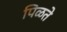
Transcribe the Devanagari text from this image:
पिळते